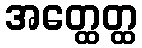
အတ္ထေတ္ထ